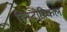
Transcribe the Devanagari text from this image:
हिस्‍टोरिकल